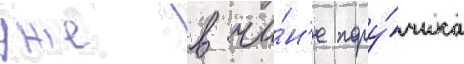
уже в чи́н'е пору́чика